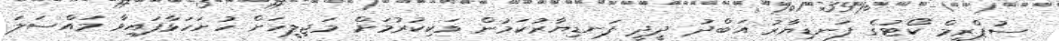
ސުޕްރީމް ކޯޓުގެ ފަނޑިޔާރު އަބްދު ދީދީ ފަނޑިޔާރުކަމުން ވަކިކުރުމަށް މަޖިލީހަށް ހުށަހަޅާފައިވާ މައްސަލަ